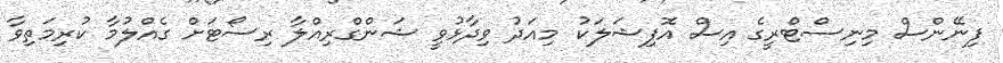
ފިނޭންސް މިނިސްޓްރީގެ އިސް އޮފިޝަލަކު މިއަދު ވިދާޅުވީ ޝަންގްރިއްލާ ރިސޯޓަށް ގެއްލުމާ ކުރިމަތިވާ